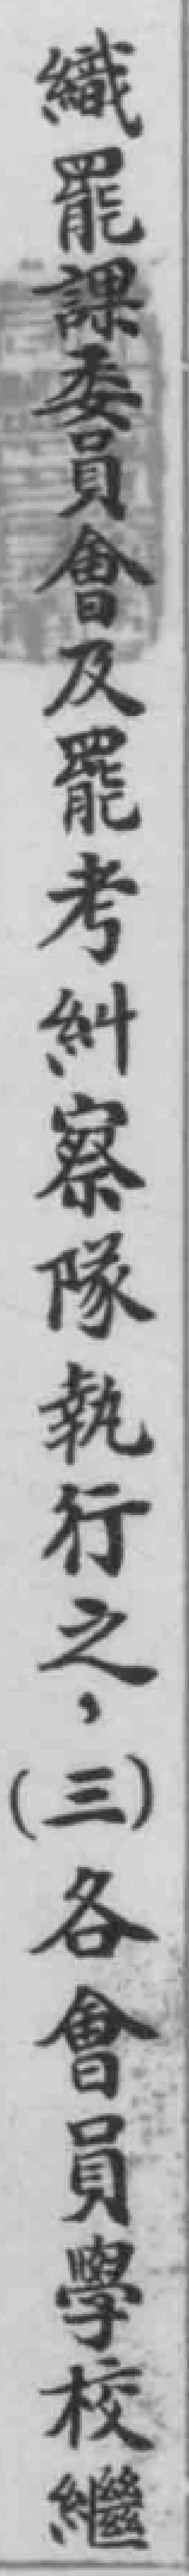
織罷課委員會及罷考糾察隊執行之，（三）各會員學校繼